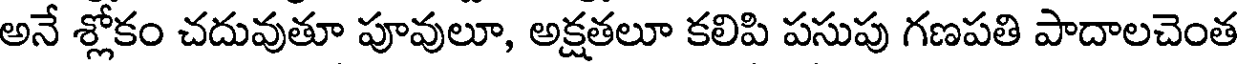
అనే శ్లోకం చదువుతూ పూవులూ, అక్షతలూ కలిపి పసుపు గణపతి పాదాలచెంత